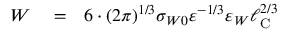
\begin{array} { r l r } { W } & { { } = } & { 6 \cdot ( 2 \pi ) ^ { 1 / 3 } \sigma _ { W 0 } \varepsilon ^ { - 1 / 3 } \varepsilon _ { W } \ell _ { \mathrm { { C } } } ^ { 2 / 3 } } \end{array}